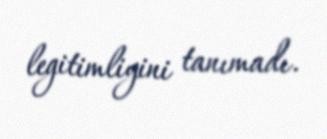
legitimliyini tanımadı.